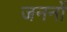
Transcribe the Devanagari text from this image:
जननों